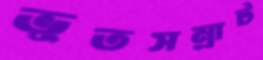
ভূতসম্রাট